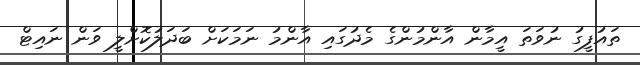
ތައުފީގު ނުވަތަ އީމާން އާންމުންގެ މެދުގައި އާންމު ނަމަކަށް ބަދަލުކޮށްލީ ވަން ނައިޓް